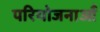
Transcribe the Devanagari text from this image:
परियोजनाऑं